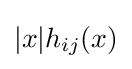
|x|h_{ij}(x)